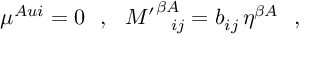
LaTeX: \mu ^ { A u i } = 0 ~ ~ , ~ ~ { M ^ { \prime } } _ { ~ ~ i j } ^ { \beta A } = b _ { i j } \, \eta ^ { \beta A } ~ ~ ,